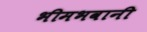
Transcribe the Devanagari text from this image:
भीमभवानी